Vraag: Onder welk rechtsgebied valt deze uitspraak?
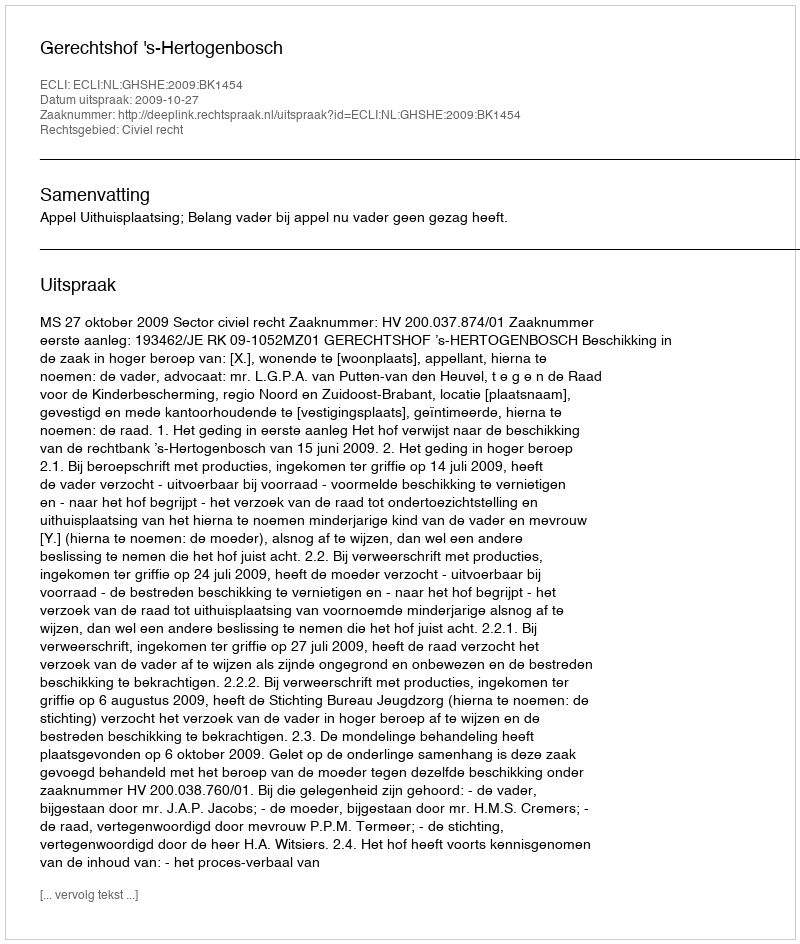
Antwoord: Civiel recht